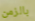
بالزمن